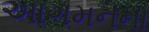
આગમનના